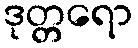
ဒုတ္တရော